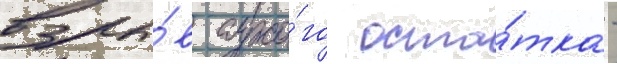
взры́в сухо́го оста́тка -